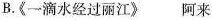
B.《一滴水经过丽江》阿来